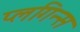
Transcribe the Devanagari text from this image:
प्लगिन्स